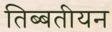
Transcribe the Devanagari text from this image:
तिब्‍बतीयन